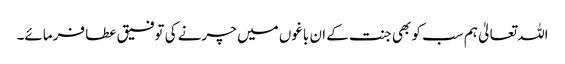
اللہ تعالیٰ ہم سب کو بھی جنت کے ان باغوں میں چرنے کی توفیق عطا فرمائے۔